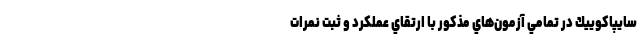
سايپاكوييك در تمامي آزمون‌هاي مذكور با ارتقاي عملكرد و ثبت نمرات